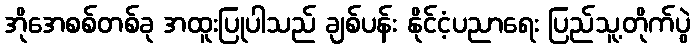
အိုအေစစ်တစ်ခု အထူးပြုပါသည် ချစ်ပန်း နိုင်ငံ့ပညာရေး ပြည်သူ့တိုက်ပွဲ